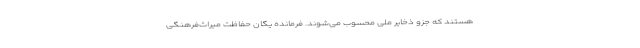
هستند که جزو ذخایر ملی محسوب می‌شوند. فرمانده یگان حفاظت میراث‌فرهنگی